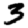
Digit: 3